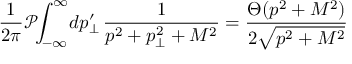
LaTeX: \frac { 1 } { 2 \pi } \mathcal { P } \! \! \int _ { - \infty } ^ { \infty } \! d p _ { \perp } ^ { \prime } \, \frac { 1 } { p ^ { 2 } + p _ { \perp } ^ { 2 } + M ^ { 2 } } = \frac { \Theta ( p ^ { 2 } + M ^ { 2 } ) } { 2 \sqrt { p ^ { 2 } + M ^ { 2 } } }